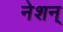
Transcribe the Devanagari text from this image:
नेशन्